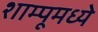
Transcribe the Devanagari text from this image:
शाम्पूमध्ये